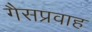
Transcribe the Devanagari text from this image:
गैसप्रवाह